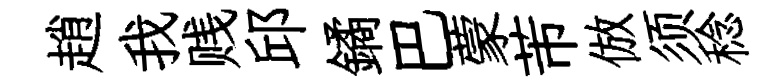
趙我贱邱鐍巴蒙芾倣须稔